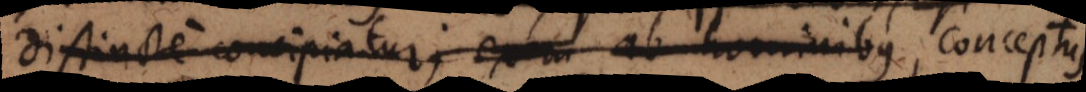
distincte concipiatur; extra ab hominibus hominibus, conceptus